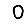
Digit: 0